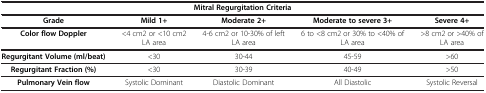
<table><thead><tr><td colspan="5"><b>Mitral Regurgitation Criteria</b></td></tr><tr><td><b>Grade</b></td><td><b>Mild 1+</b></td><td><b>Moderate 2+</b></td><td><b>Moderate to severe 3+</b></td><td><b>Severe 4+</b></td></tr></thead><tbody><tr><td><b>Color flow Doppler</b></td><td>&lt;4 cm2 or &lt;10 cm2 LA area</td><td>4-6 cm2 or 10-30% of left LA area</td><td>6 to &lt;8 cm2 or 30% to &lt;40% of LA area</td><td>&gt;8 cm2 or &gt;40% of LA area</td></tr><tr><td><b>Regurgitant Volume (ml/beat)</b></td><td>&lt;30</td><td>30-44</td><td>45-59</td><td>&gt;60</td></tr><tr><td><b>Regurgitant Fraction (%)</b></td><td>&lt;30</td><td>30-39</td><td>40-49</td><td>&gt;50</td></tr><tr><td><b>Pulmonary Vein flow</b></td><td>Systolic Dominant</td><td>Diastolic Dominant</td><td>All Diastolic</td><td>Systolic Reversal</td></tr></tbody></table>